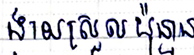
ងាយស្រួលប៉ុន្មាន